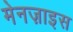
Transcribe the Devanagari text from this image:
मेनज़ाइस